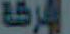
الشركة